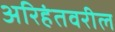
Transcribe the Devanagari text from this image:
अरिहंतवरील